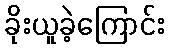
ခိုးယူခဲ့ကြောင်း